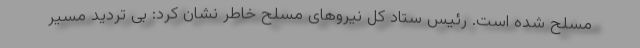
مسلح شده است. رئیس ستاد کل نیروهای مسلح خاطر نشان کرد: بی تردید مسیر